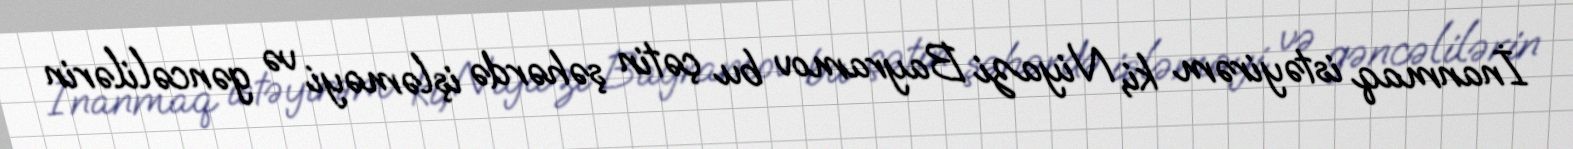
İnanmaq istəyirəm ki, Niyazi Bayramov bu çətin şəhərdə işləməyi və gəncəlilərin